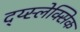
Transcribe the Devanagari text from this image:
द्य्स्लेक्सिक